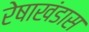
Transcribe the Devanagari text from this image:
रेषाखंडास